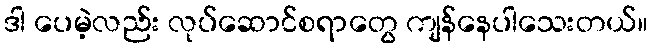
ဒါ ပေမဲ့လည်း လုပ်ဆောင်စရာတွေ ကျန်နေပါသေးတယ်။